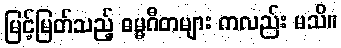
မြင့်မြတ်သည့် ဓမ္မဂီတများ ကလည်း မသိ။